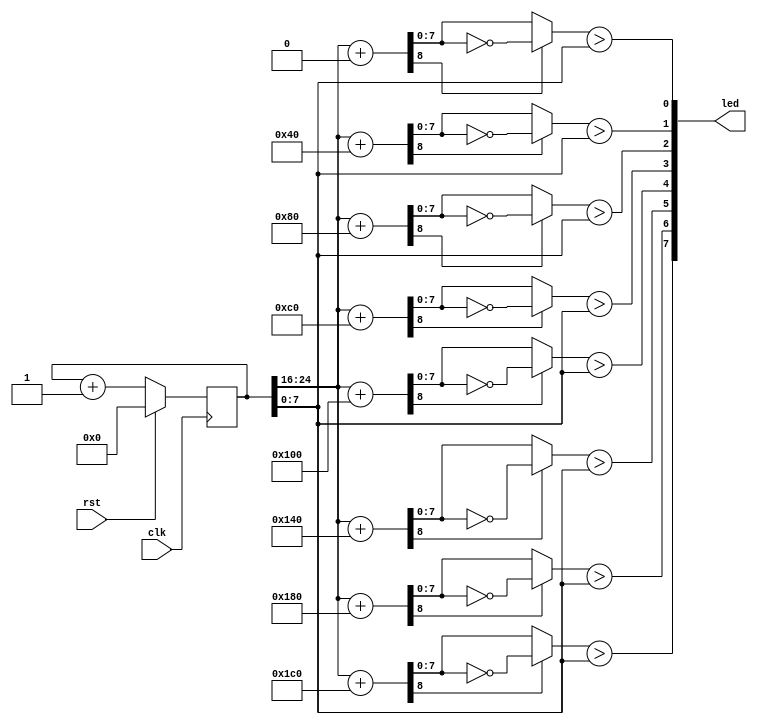
module wave #(               // generate wave pattern
    parameter CTR_LEN = 25
  )(
    input wire clk,
    input wire rst,
    output reg[7:0] led
  );
 
  reg[CTR_LEN-1:0] ctr_d, ctr_q = {CTR_LEN{1'b0}};
  reg[3:0] i;
  reg[7:0] acmp;
  reg[8:0] result;
 
  always @(ctr_q) begin
    ctr_d = ctr_q + 1'b1;
 
    for (i = 0; i < 8; i = i + 1) begin
      result = ctr_q[CTR_LEN-1:CTR_LEN-9] + i * 8'd64;
 
      if (result[8])
        acmp = ~result[7:0];
      else
        acmp = result[7:0];
 
      led[i] = acmp > ctr_q[7:0];
    end
  end
 
  always @(posedge clk) begin
    if (rst) begin
      ctr_q <= {CTR_LEN{1'b0}};
    end else begin
      ctr_q <= ctr_d;
    end
  end
 
endmodule